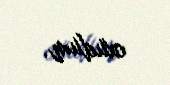
oxudum.